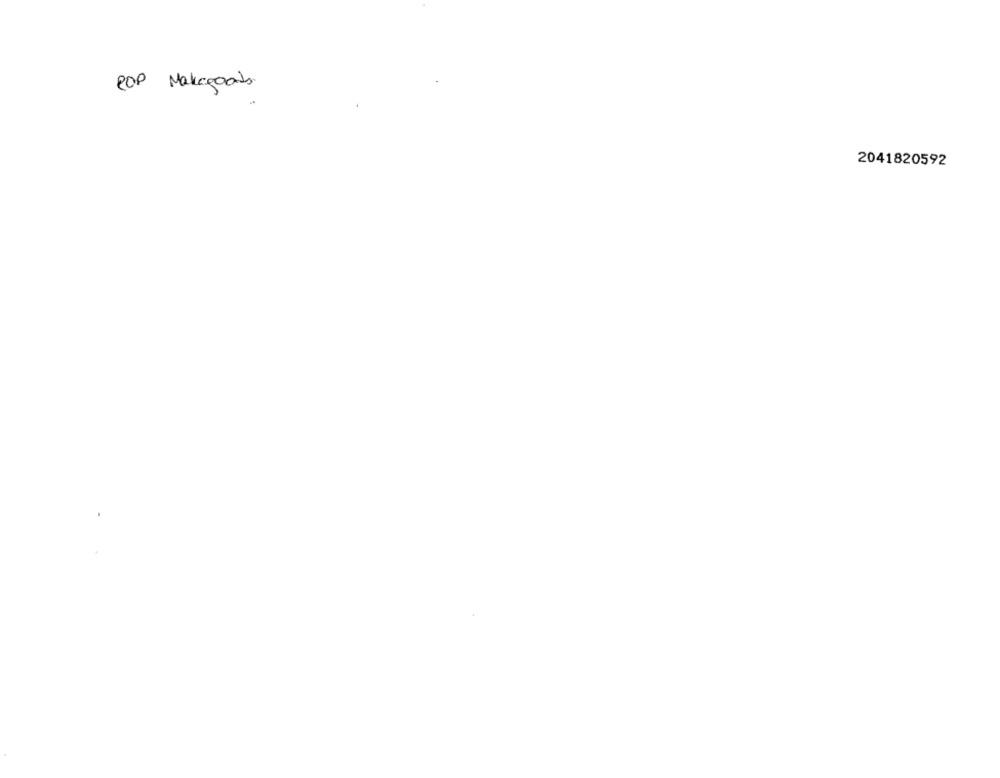
POP Makeagoats
2041820592